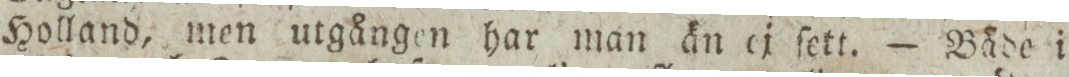
Holland, men utgången har man än ej ſett. — Både i